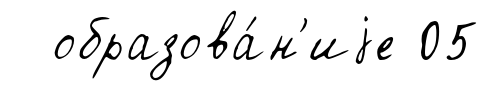
образова́н'иjе 05